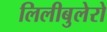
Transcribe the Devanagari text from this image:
लिलीबुलेरो